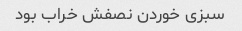
سبزی خوردن نصفش خراب بود